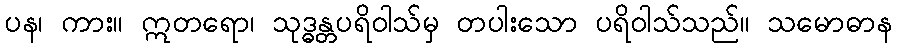
ပန၊ ကား။ ဣတရော၊ သုဒ္ဓန္တပရိဝါသ်မှ တပါးသော ပရိဝါသ်သည်။ သမောဓာန